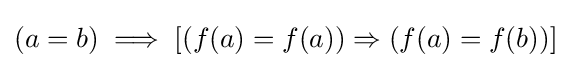
(a=b)\implies [(f(a)=f(a))\Rightarrow (f(a)=f(b))]